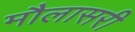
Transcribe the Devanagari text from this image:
मौलासरी